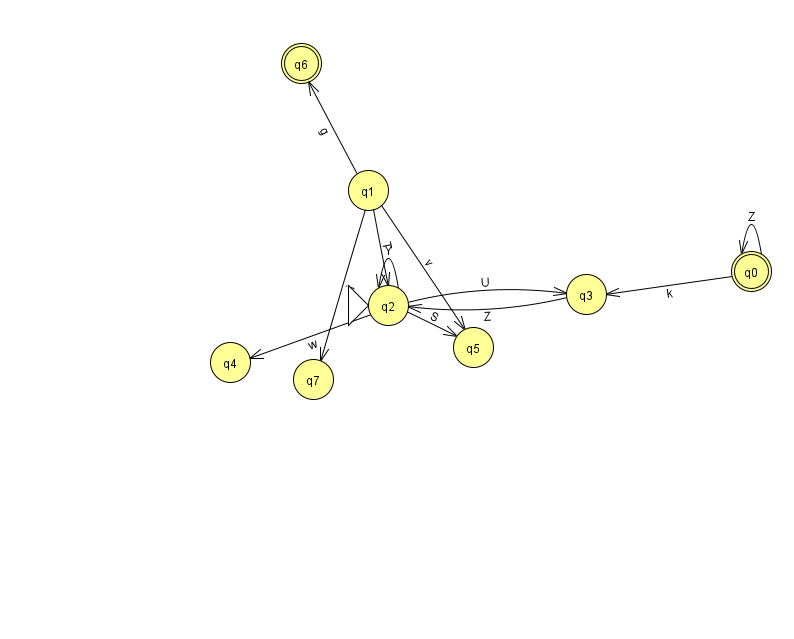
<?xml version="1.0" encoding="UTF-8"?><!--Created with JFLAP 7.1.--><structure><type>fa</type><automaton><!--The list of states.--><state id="0" name="q0"><x>751.0</x><y>258.0</y><final/></state><state id="1" name="q1"><x>368.0</x><y>177.0</y></state><state id="2" name="q2"><x>388.0</x><y>292.0</y><initial/></state><state id="3" name="q3"><x>586.0</x><y>281.0</y></state><state id="4" name="q4"><x>230.0</x><y>349.0</y></state><state id="5" name="q5"><x>473.0</x><y>334.0</y></state><state id="6" name="q6"><x>301.0</x><y>50.0</y><final/></state><state id="7" name="q7"><x>313.0</x><y>366.0</y></state><!--The list of transitions.--><transition><from>1</from><to>5</to><read>v</read></transition><transition><from>1</from><to>7</to><read>i</read></transition><transition><from>2</from><to>4</to><read>w</read></transition><transition><from>3</from><to>2</to><read>Z</read></transition><transition><from>2</from><to>5</to><read>S</read></transition><transition><from>1</from><to>2</to><read>T</read></transition><transition><from>2</from><to>2</to><read>Y</read></transition><transition><from>2</from><to>3</to><read>U</read></transition><transition><from>0</from><to>0</to><read>Z</read></transition><transition><from>0</from><to>3</to><read>k</read></transition><transition><from>1</from><to>6</to><read>g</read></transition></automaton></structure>